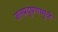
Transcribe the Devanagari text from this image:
जलप्रदुषणामुळे